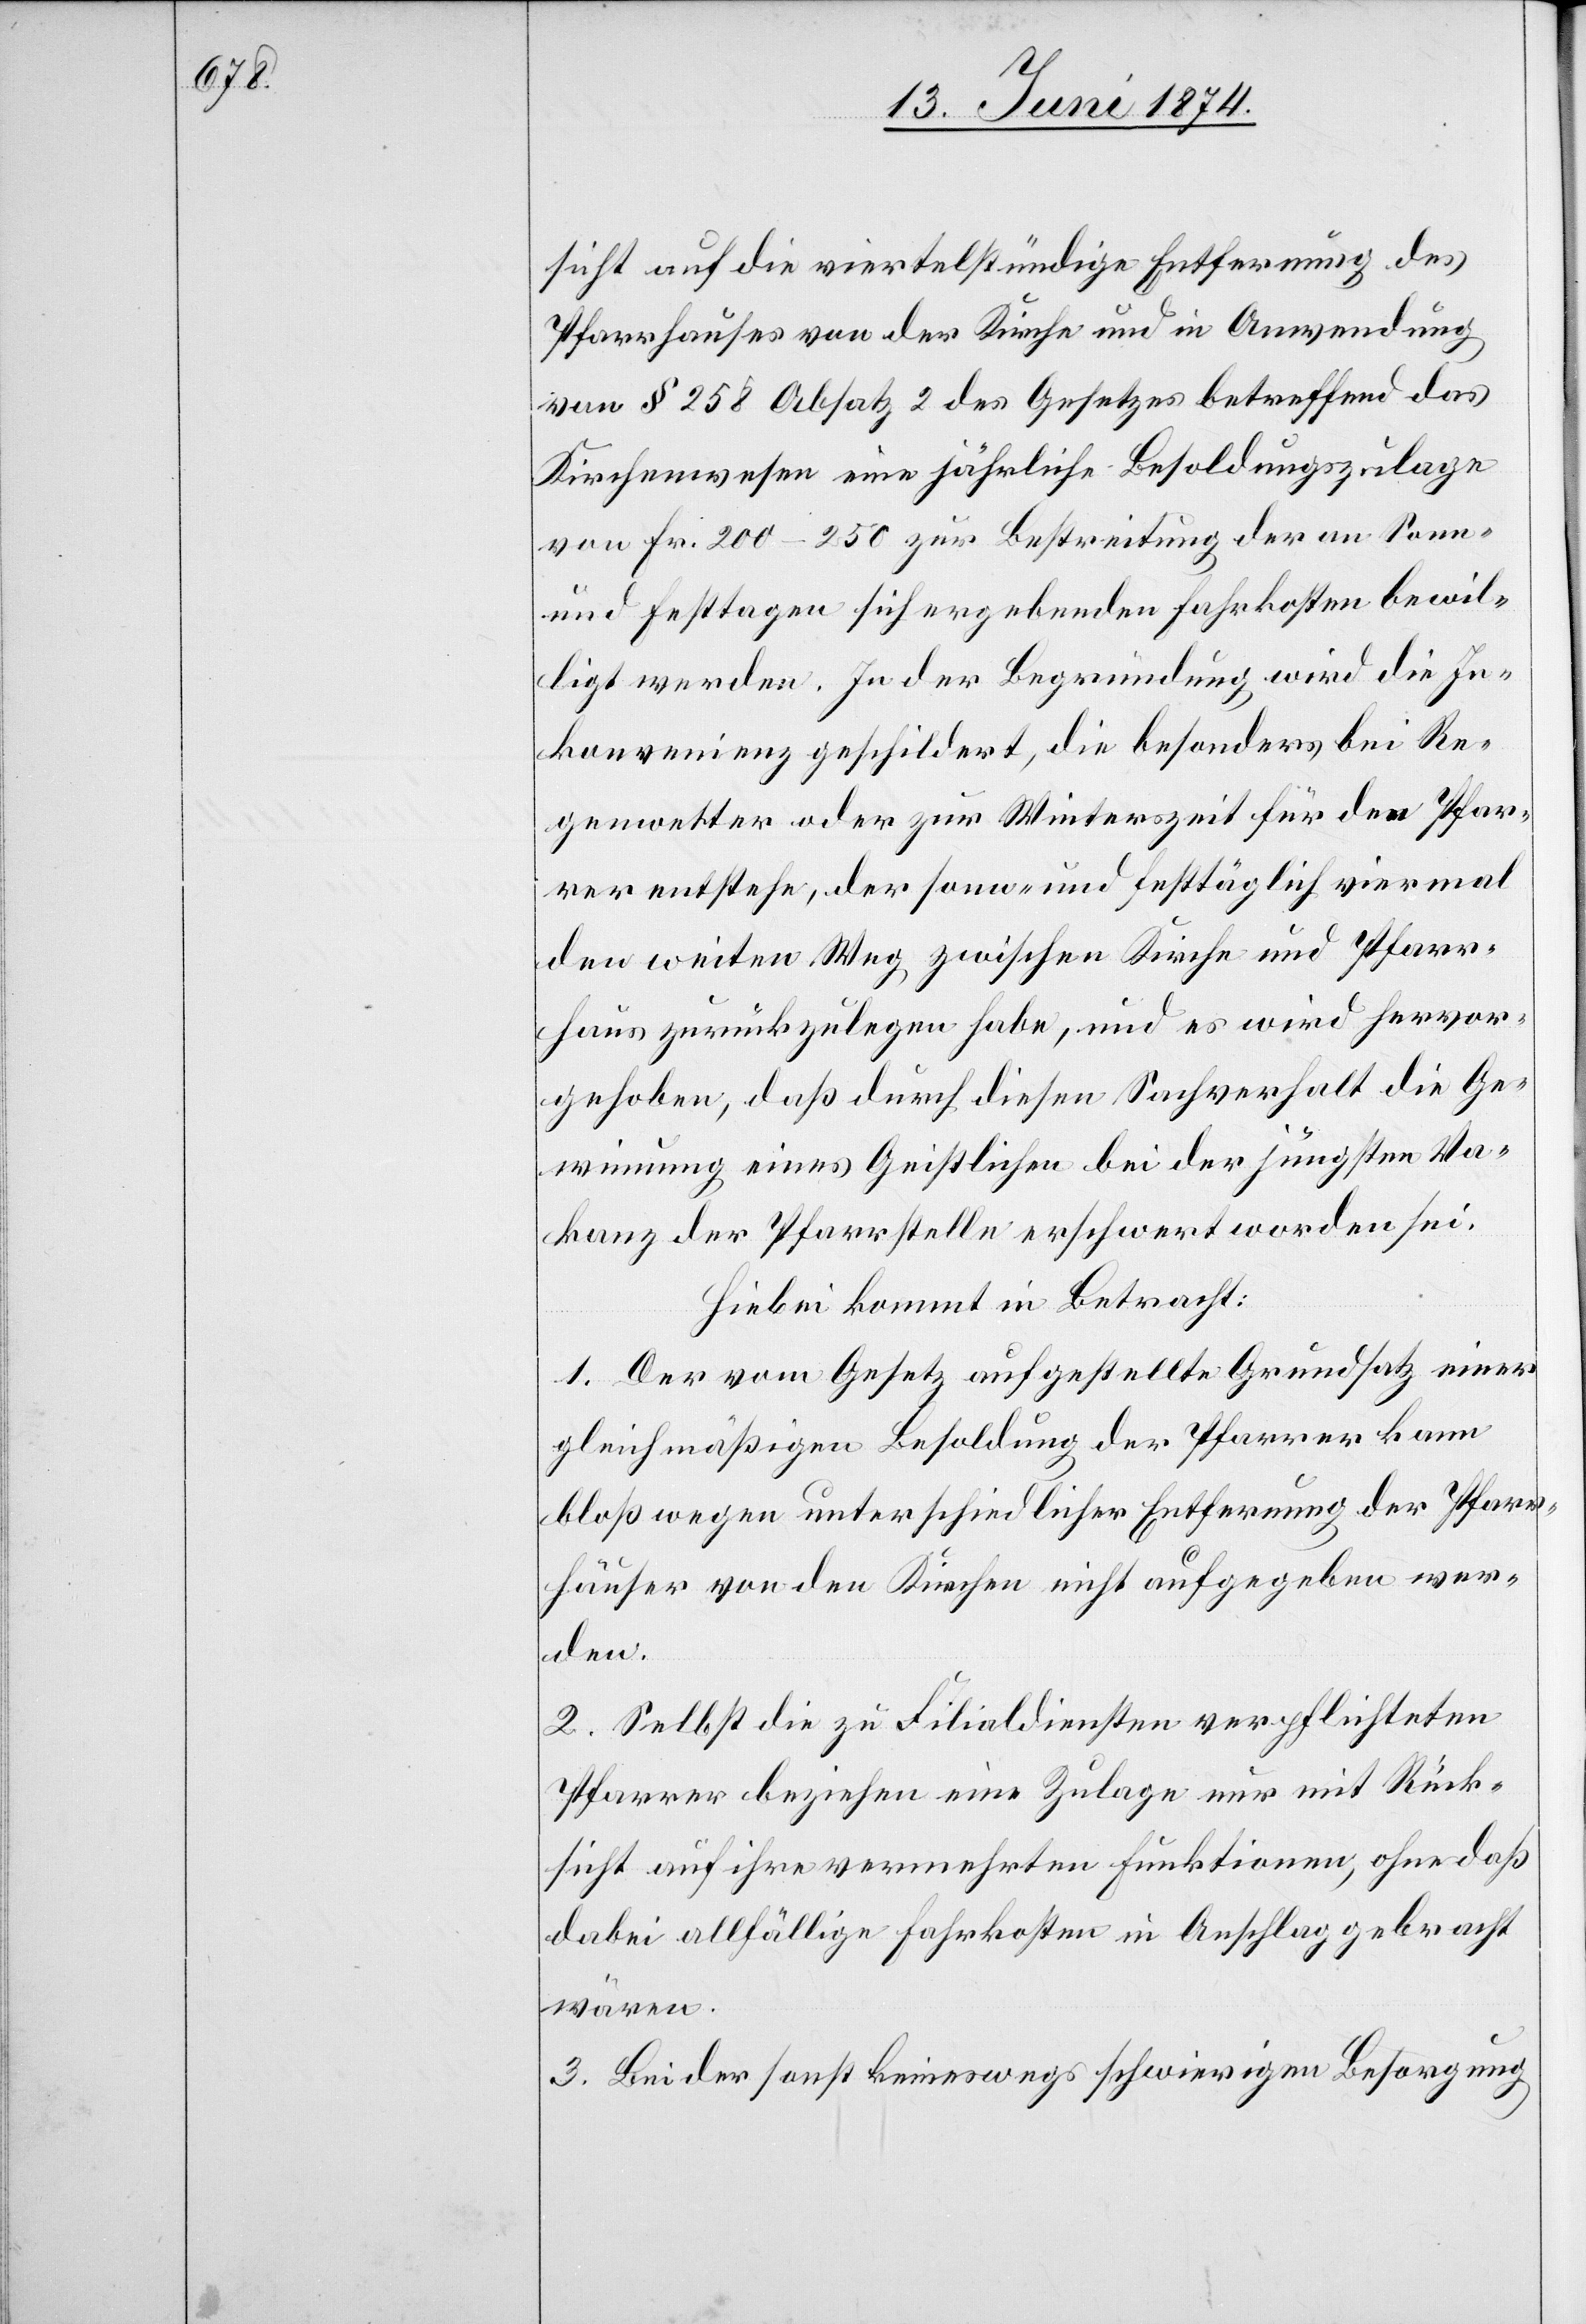
sicht auf die viertelstündige Entfernung des
Pfarrhauses von der Kirche und in Anwendung
von § 258 Absatz 2 des Gesetzes betreffend das
Kirchenwesen eine jährliche Besoldungszulage
von Fr. 200–250 zur Bestreitung der an Sonn-
und Festtagen sich ergebenden Fahrkosten bewil¬
ligt werden. In der Begründung wird die In¬
konvenienz geschildert, die besonders bei Re¬
genwetter oder zur Winterszeit für den Pfar¬
rer entstehe, der sonn- und festtäglich viermal
den weiten Weg zwischen Kirche und Pfarr¬
haus zurückzulegen habe, und es wird hervor¬
gehoben, daß durch diesen Sachverhalt die Ge¬
winnung eines Geistlichen bei der jüngsten Va¬
kanz der Pfarrstelle erschwert worden sei.
Hiebei kommt in Betracht:
1. Der vom Gesetz aufgestellte Grundsatz einer
gleichmäßigen Besoldung der Pfarrer kann
bloß wegen unterschiedlicher Entfernung der Pfarr¬
häuser von den Kirchen nicht aufgegeben wer¬
den.
2. Selbst die zu Filialdiensten verpflichteten
Pfarrer beziehen eine Zulage nur mit Rück¬
sicht auf ihre vermehrten Funktionen, ohne daß
dabei allfällige Fahrkosten in Anschlag gebracht
wären.
3. Bei der sonst keineswegs schwierigen Besorgung